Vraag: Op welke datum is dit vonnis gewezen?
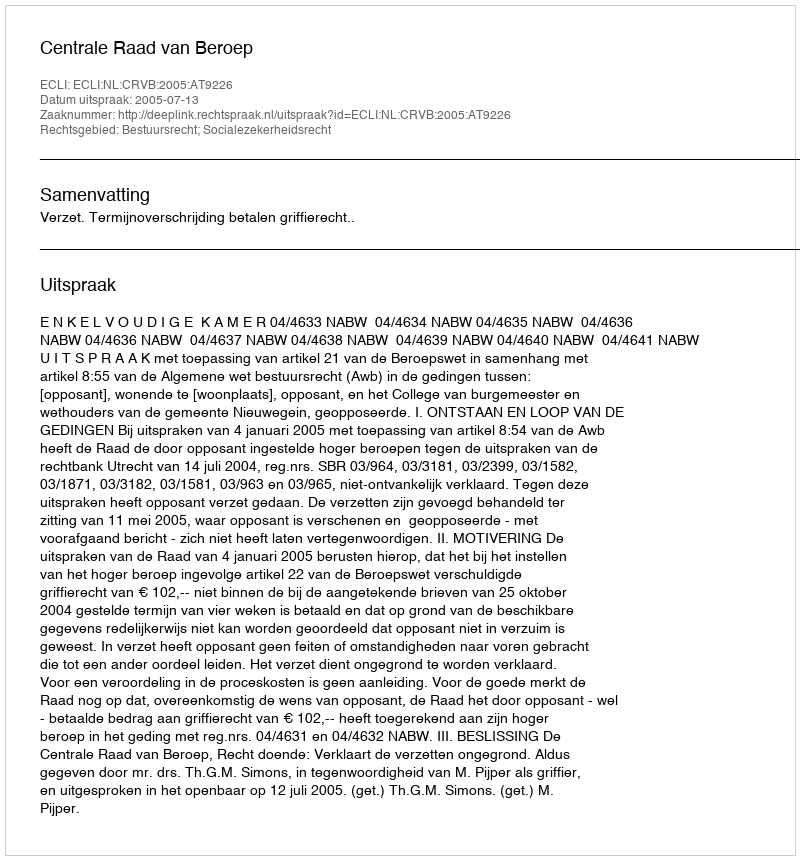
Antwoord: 2005-07-13